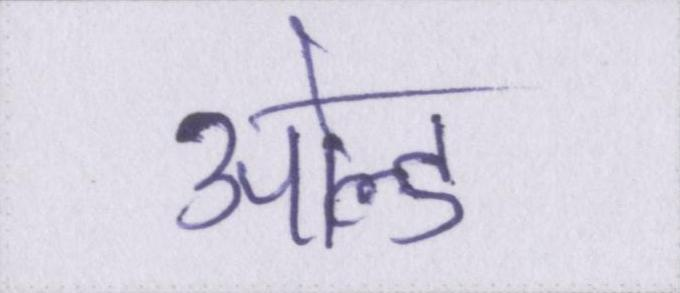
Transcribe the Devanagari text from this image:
ओल्ड